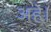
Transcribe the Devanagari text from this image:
अहे।